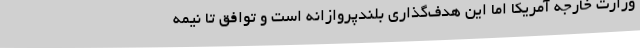
وزارت خارجه آمریکا اما این هدف‌گذاری بلندپروازانه است و توافق تا نیمه